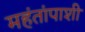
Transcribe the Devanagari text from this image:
महंतांपाशी